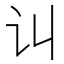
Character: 𰵊